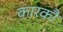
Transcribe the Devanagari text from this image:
कारकौ